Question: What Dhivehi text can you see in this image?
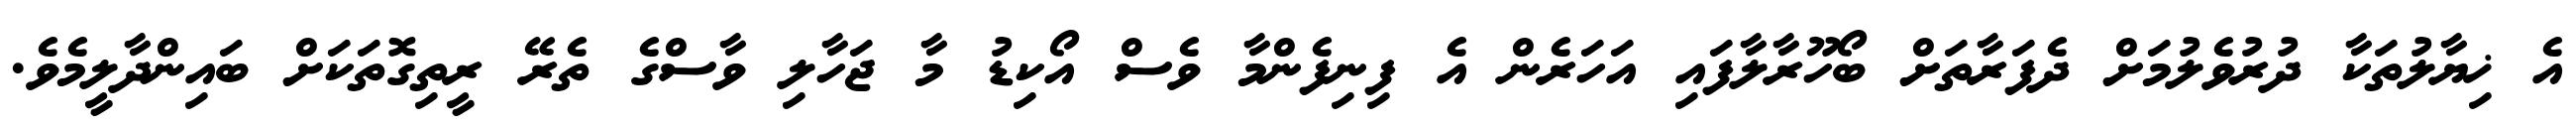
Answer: އެ ޚިޔާލުތަކާ ދުރުވެލުމަށް ދެފަރާތަށް ބޯހޫރާލާފައި އަހަރެން އެ ފިނިފެންމާ ވެސް އޯކިޑު މާ ޖަހާލި ވާސްގެ ތެރޭ ރީތިގޮތަކަށް ބައިންދާލީމެވެ.